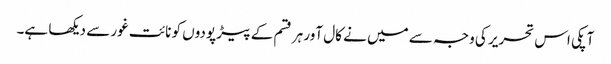
آپکی اس تحریر کی وجہ سے میں نے کال آور ہر قسم کے پیڑ پودوں کو نائت غور سے دیکھا ہے۔